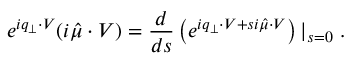
e ^ { i q _ { \perp } \cdot V } ( i \hat { \mu } \cdot V ) = \frac { d } { d s } \left( e ^ { i q _ { \perp } \cdot V + s i \hat { \mu } \cdot V } \right) | _ { s = 0 } \; .